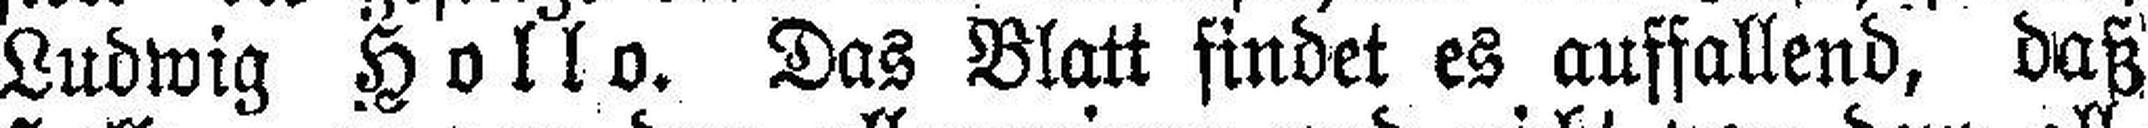
Ludwig Hollo. Das Blatt findet es auffallend, daß